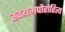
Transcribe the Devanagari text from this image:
स्वयमपौरोहित्य